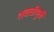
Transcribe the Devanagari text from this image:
शक्तीमुळें